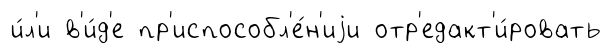
и́л'и в'и́д'е пр'испособл'е́н'иjи отр'едакт'и́ровать